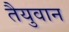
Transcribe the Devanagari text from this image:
तैयुवान